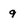
Character: 9